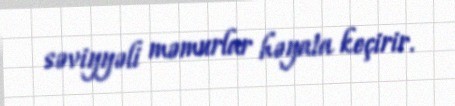
səviyyəli məmurlar həyata keçirir.